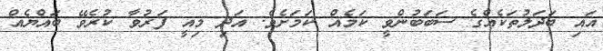
އައި ބަދަލުތަކެއްގެ ސަބަބުންވީ ކަމެއް ކަމަށެވެ. އަދި މިއީ ފަރުވާ ކުރެވޭ ބައްޔެއް